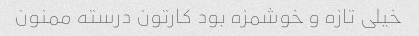
خیلی تازه و خوشمزه بود کارتون درسته ممنون